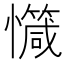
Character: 𢤝